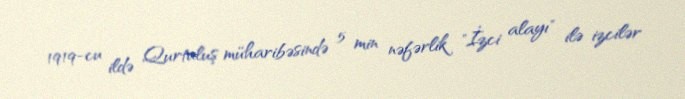
1919-cu ildə Qurtuluş müharibəsində 5 min nəfərlik "İzci alayı" ilə izcilər